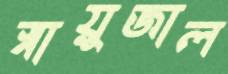
স্নায়ুজাল